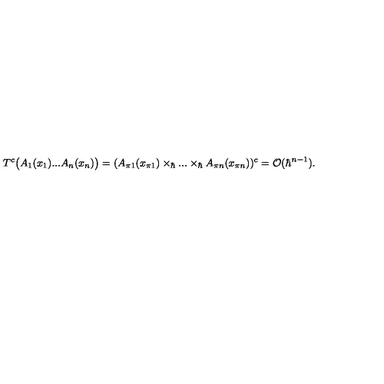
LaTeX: T ^ { c } \bigl ( A _ { 1 } ( x _ { 1 } ) . . . A _ { n } ( x _ { n } ) \bigr ) = ( A _ { \pi 1 } ( x _ { \pi 1 } ) \times _ { \hbar } . . . \times _ { \hbar } A _ { \pi n } ( x _ { \pi n } ) ) ^ { c } = { \cal O } ( \hbar ^ { n - 1 } ) .